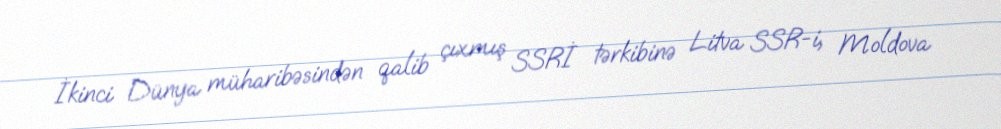
İkinci Dünya müharibəsindən qalib çıxmış SSRİ tərkibinə Litva SSR-i, Moldova